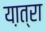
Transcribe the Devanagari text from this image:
या़त्रा